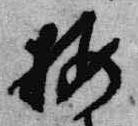
梅